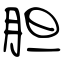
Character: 胆